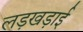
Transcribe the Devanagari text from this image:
लड़खड़ाई